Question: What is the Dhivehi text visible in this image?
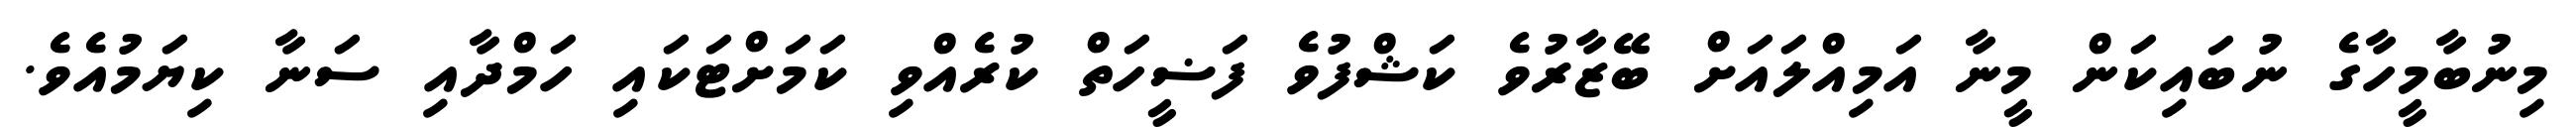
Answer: މިނުބާމީހާގެ ނުބައިކަން މީނާ އަމިއްލައަށް ބޭޒާރުވެ ކަޝްފުވެ ފަޟީހަތް ކުރެއްވި ކަމަށްޓަކައި ހަމްދާއި ސަނާ ކިޔަމުއެވެ.